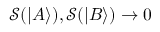
\mathcal { S } ( | A \rangle ) , \mathcal { S } ( | B \rangle ) \rightarrow 0